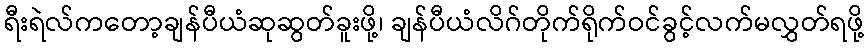
ရီးရဲလ်ကတော့ချန်ပီယံဆုဆွတ်ခူးဖို့၊ ချန်ပီယံလိဂ်တိုက်ရိုက်ဝင်ခွင့်လက်မလွှတ်ရဖို့